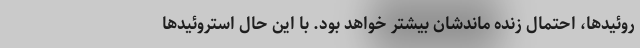
روئیدها، احتمال زنده ماندشان بیشتر خواهد بود. با این حال استروئیدها